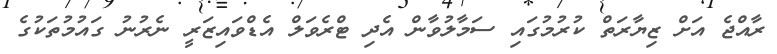
ރާއްޖެ އަށް ޒިޔާރަތް ކުރުމުގައި ސަމާލުވާން އެދި ޓްރެވަލް އެޑްވައިޒަރީ ނެރުނު ގައުމުތަކުގެ